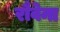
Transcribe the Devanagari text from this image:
रौवेना